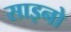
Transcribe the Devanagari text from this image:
साइनो